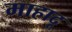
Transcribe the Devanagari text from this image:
माहादू